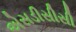
એસડીસીસી